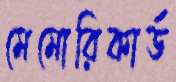
মেমোরিকার্ড